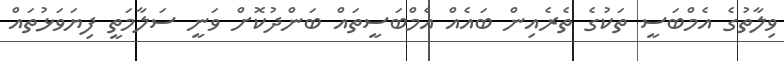
ވިލާތުގެ އެމްބަސީ ތަކުގެ ތެރެއިން ބައެއް އެމްބަސީތައް ބަންދުކޮށް ވަނީ ސަލާމަތީ ފިޔަވަޅުތައް